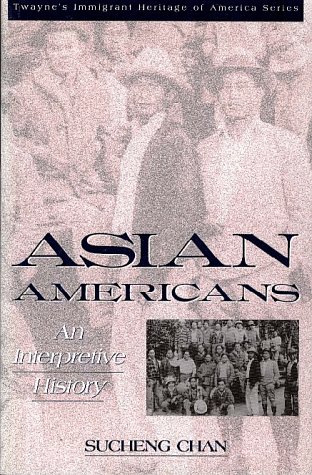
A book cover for Asian Americans: An Interpretive History (Immigrant Heritage of America Series); Sucheng Chan; History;